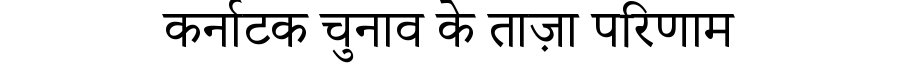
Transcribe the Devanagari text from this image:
कर्नाटक चुनाव के ताज़ा परिणाम